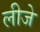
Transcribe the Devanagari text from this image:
लीजे